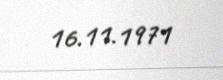
16.11.1971